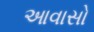
આવાસો